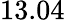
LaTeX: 13.04